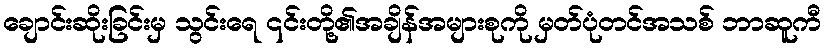
ချောင်းဆိုးခြင်းမှ သွင်းရေ ၎င်းတို့၏အချိန်အများစုကို မှတ်ပုံတင်အသစ် ဘာဆူကီ